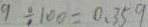
9 \div 1 0 0 = 0 . 3 5 9